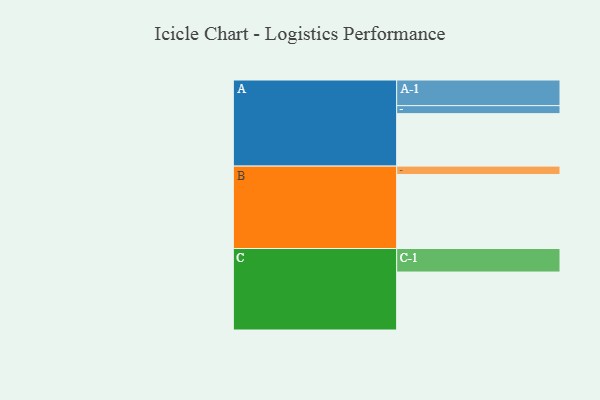
{"axis": {"x": "Segment", "y": "Value"}, "legend": ["", "A", "B", "C"], "data": [{"x": "A", "y": 352, "type": ""}, {"x": "B", "y": 497, "type": ""}, {"x": "C", "y": 389, "type": ""}, {"x": "A-1", "y": 172, "type": "A"}, {"x": "A-2", "y": 54, "type": "A"}, {"x": "B-1", "y": 56, "type": "B"}, {"x": "C-1", "y": 158, "type": "C"}]}